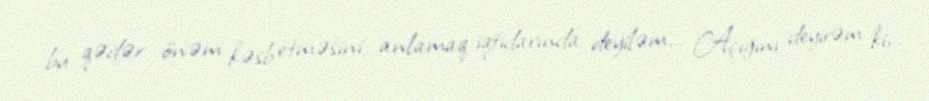
bu qədər önəm kəsb etməsini anlamaq iqtidarında deyiləm... Açığını deyirəm ki,